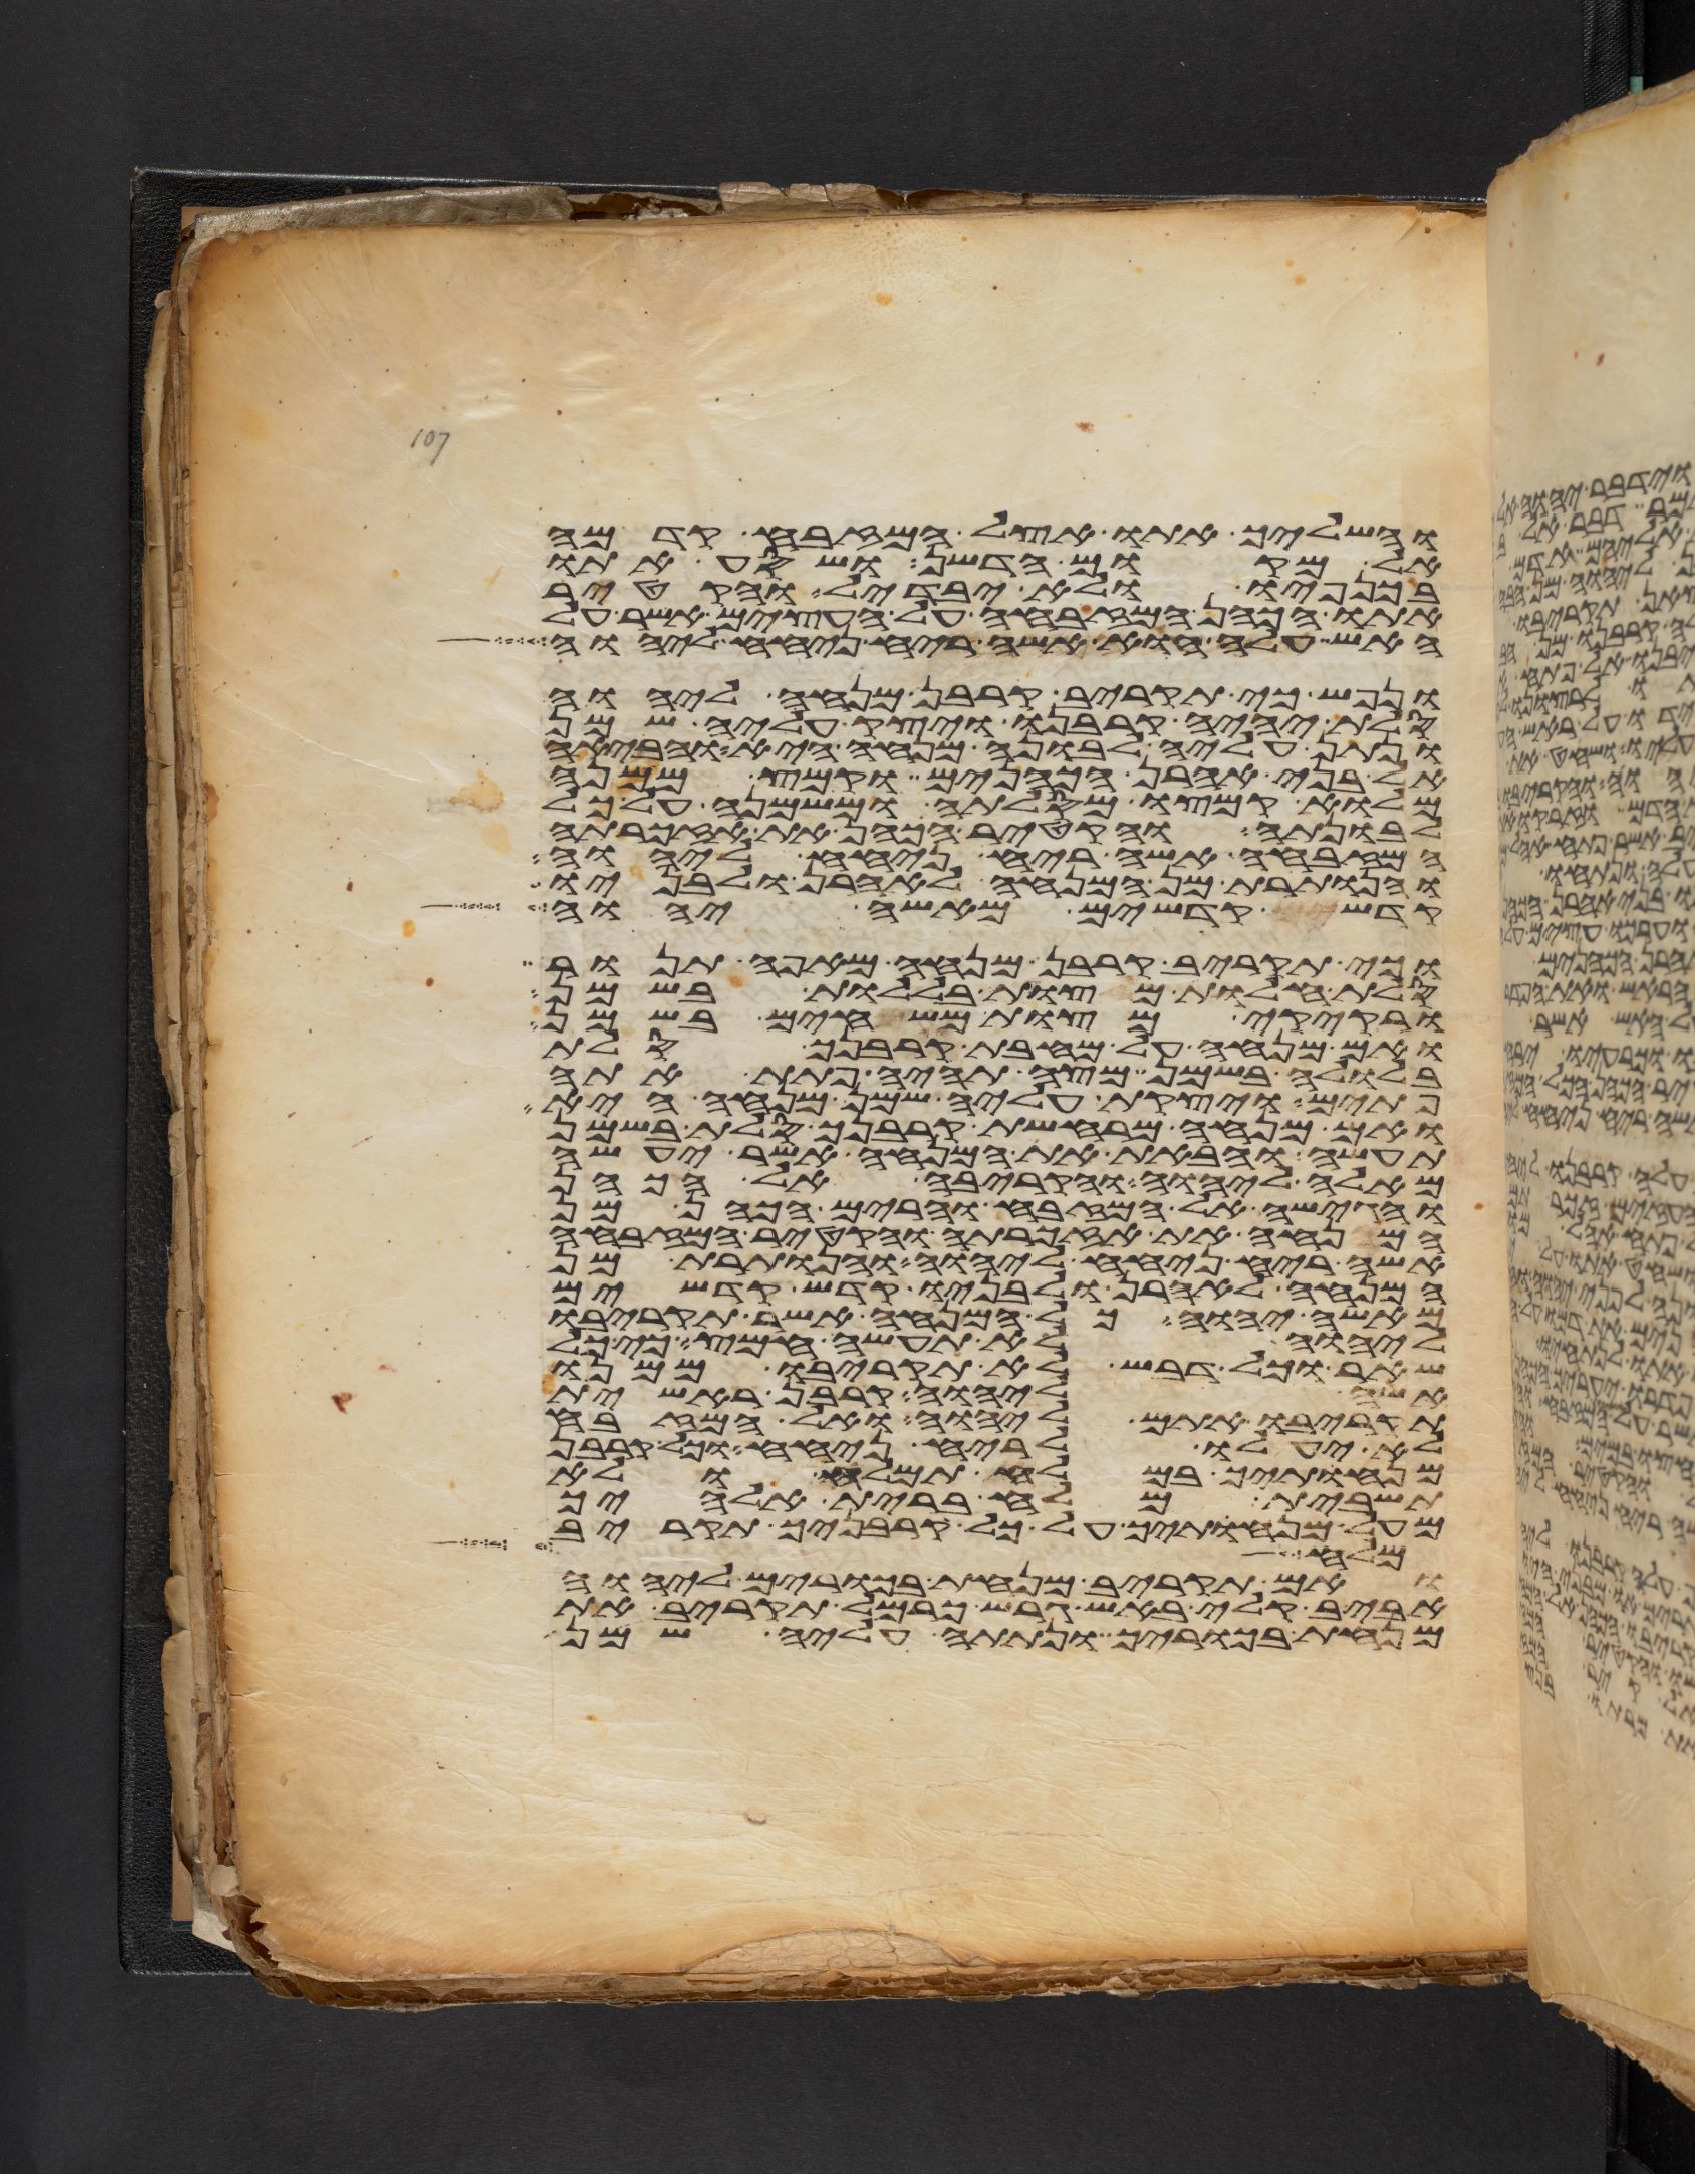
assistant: והשליך אתו אצל המזבח קדמה
אל מקום הדשן ושסע אתו
בכנפיו ולא יבדל והקטיר
אתו הכהן המזבחה על העצים אשר על
האש עלה הוא אשה ריח ניחח ליהוה
ונפש כי תקריב קרבן מנחה ליהוה
סלת יהיה קרבנו ויצק עליה שמן
ונתן עליה לבונה מנחה היא והביאה
אל בני אהרן הכהנים וקמץ ממנה
מלוא קמצו מסלתה ומשמנה על כל
לבונתה והקטיר הכהן את אזכרתה
המזבחה אשה ריח ניחח ליהוה
והנותרת מן המנחה לאהרן ולבניו
קדש קדשים מאשי יהוה
וכי תקריב קרבן מנחה מאפה תנור
סלת חלות מצות בללות בשמן
ורקיקי מצות משחים בשמן
ואם מנחה על מחבת קרבנך סלת
בלולה בשמן מצה תהיה פתת אתה
פתים ויצקת עליה שמן מנחה היא
ואם מנחה מרחשת קרבנך סלת בשמן
תעשה והבאת את המנחה אשר יעשה
מאלה ליהוה והקריבה אל הכהן
והגישה אל המזבח והרים הכהן מן
המנחה את אזכרתה והקטיר המזבחה
אשה ריח ניחח ליהוה והנותרת מן
המנחה לאהרן ולבניו קדש קדשים
מאשי יהוה כל המנחה אשר תקריבו
ליהוה לא תעשה חמץ כי כל
שאר וכל דבש לא תקריבו ממנו
אשה ליהוה קרבן ראשית
תקריבו אתם ליהוה ואל המזבח
לא יעלו לריח ניחח וכל קרבן
מנחתך במלח תמלח ולא
תשבית מלח ברית אלהיך
מעל מנחתך על כל קרבניך תקריב
קלעים לחצר שש
ואם תקריב מנחת בכורים ליהוה
אביב קלי באש גרש כרמל תקריב את
מנחת בכוריך ונתתה עליה שמן